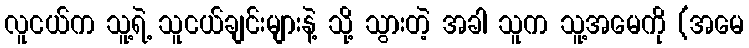
လူငယ်က သူ့ရဲ့ သူငယ်ချင်းများနဲ့ သို့ သွားတဲ့ အခါ သူက သူ့အမေကို (အမေ